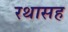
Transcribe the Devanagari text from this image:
रथासह